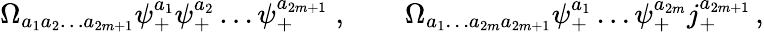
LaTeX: \Omega_{a_{1}a_{2}\ldots a_{2m+1}}\psi_{+}^{a_{1}}\psi_{+}^{a_{2}}\ldots\psi_{+}^{a_{2m+1}}\; ,\qquad\Omega_{a_{1}\ldots a_{2m}a_{2m+1}}\psi_{+}^{a_{1}}\ldots\psi_{+}^{a_{2m}}j_{+}^{a_{2m+1}}\, ,